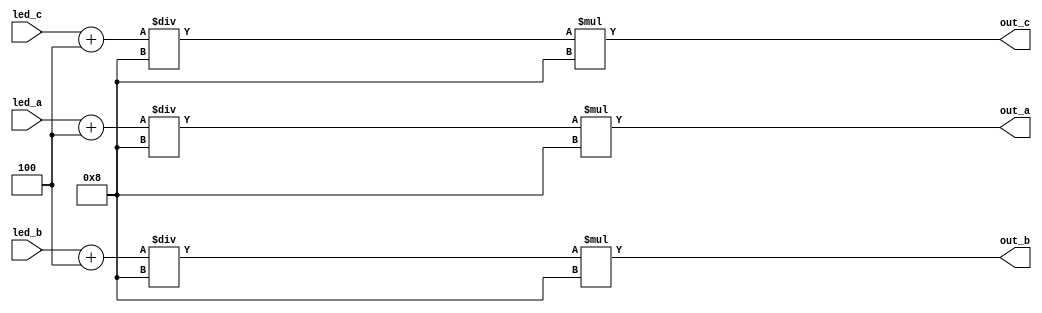
/*
   This file was generated automatically by Alchitry Labs version 1.2.7.
   Do not edit this file directly. Instead edit the original Lucid source.
   This is a temporary file and any changes made to it will be destroyed.
*/

module final_outputs_17 (
    input [15:0] led_a,
    input [15:0] led_b,
    input [15:0] led_c,
    output reg [15:0] out_a,
    output reg [15:0] out_b,
    output reg [15:0] out_c
  );
  
  
  
  always @* begin
    out_a = ((led_a + 3'h4) / 4'h8) * 4'h8;
    out_b = ((led_b + 3'h4) / 4'h8) * 4'h8;
    out_c = ((led_c + 3'h4) / 4'h8) * 4'h8;
  end
endmodule